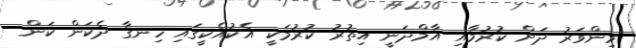
މިންވަރު ދަށް ކުރުމާއި އާމްދަނީ އިތުރު ކުރުމަކީ އެކުއެކީގައި ހިނގާ ދެކަން ކަން